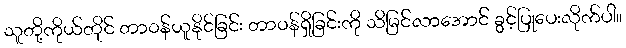
သူတို့ကိုယ်တိုင် တာဝန်ယူနိုင်ခြင်း တာဝန်ရှိခြင်းကို သိမြင်လာအောင် ခွင့်ပြုပေးလိုက်ပါ။